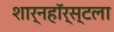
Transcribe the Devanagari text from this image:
शार्नहॉर्स्टला